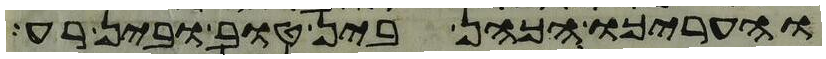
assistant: והעריכו הכהן בין טוב ובין רע